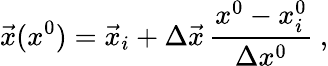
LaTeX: \vec{x}(x^{0})=\vec{x}_{i}+\Delta\vec{x}\, \frac{x^{0}-x_{i}^{0}}{\Delta x^{0}}\ ,